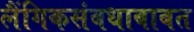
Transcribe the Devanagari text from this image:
लैंगिकसंबधाबाबत